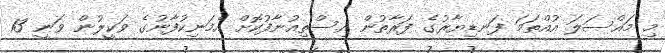
މި މައްސަލަ އުއްތަމަ ފަނޑިޔާރުގެ ފަރާތުން އިސްތިއުނާފުކޮށް އެމަނިކުފާނުގެ ވަކީލުން ވަނީ 13